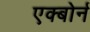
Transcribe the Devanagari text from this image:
एक्बोर्न